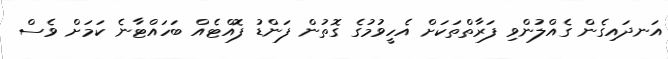
އަނދައިގެން ގެއްލުންވި ފަރާތްތަކަށް އެހީވުމުގެ ގޮތުން ފަންޑު ފޮއްޓެއް ބަހައްޓާނެ ކަމަށް ވެސް